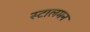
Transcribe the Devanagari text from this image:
स्टालमन